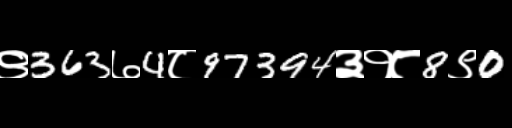
Text: ९363७4८97394३१८8९0